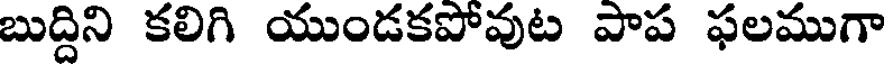
బుద్దిని కలిగి యుండకపోవుట పాప ఫలముగా